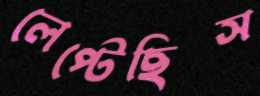
লেপ্‌টেছিস